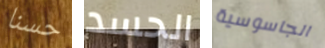
حسنا الحسد الجاسوسية